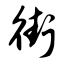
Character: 街